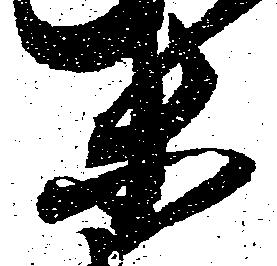
等